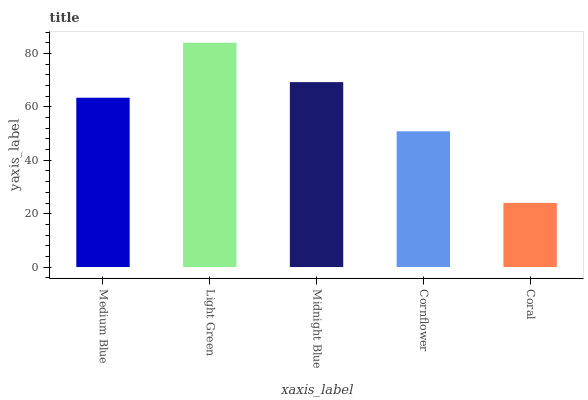
| xaxis_label | bars |
 | --- | --- |
 | Medium Blue | 63.5 |
 | Light Green | 84.1 |
 | Midnight Blue | 69.3 |
 | Cornflower | 50.9 |
 | Coral | 24 |